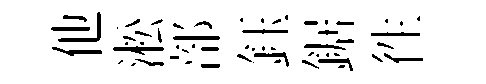
他淞部鈺鋸徃